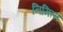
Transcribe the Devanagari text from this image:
निमित्‍त